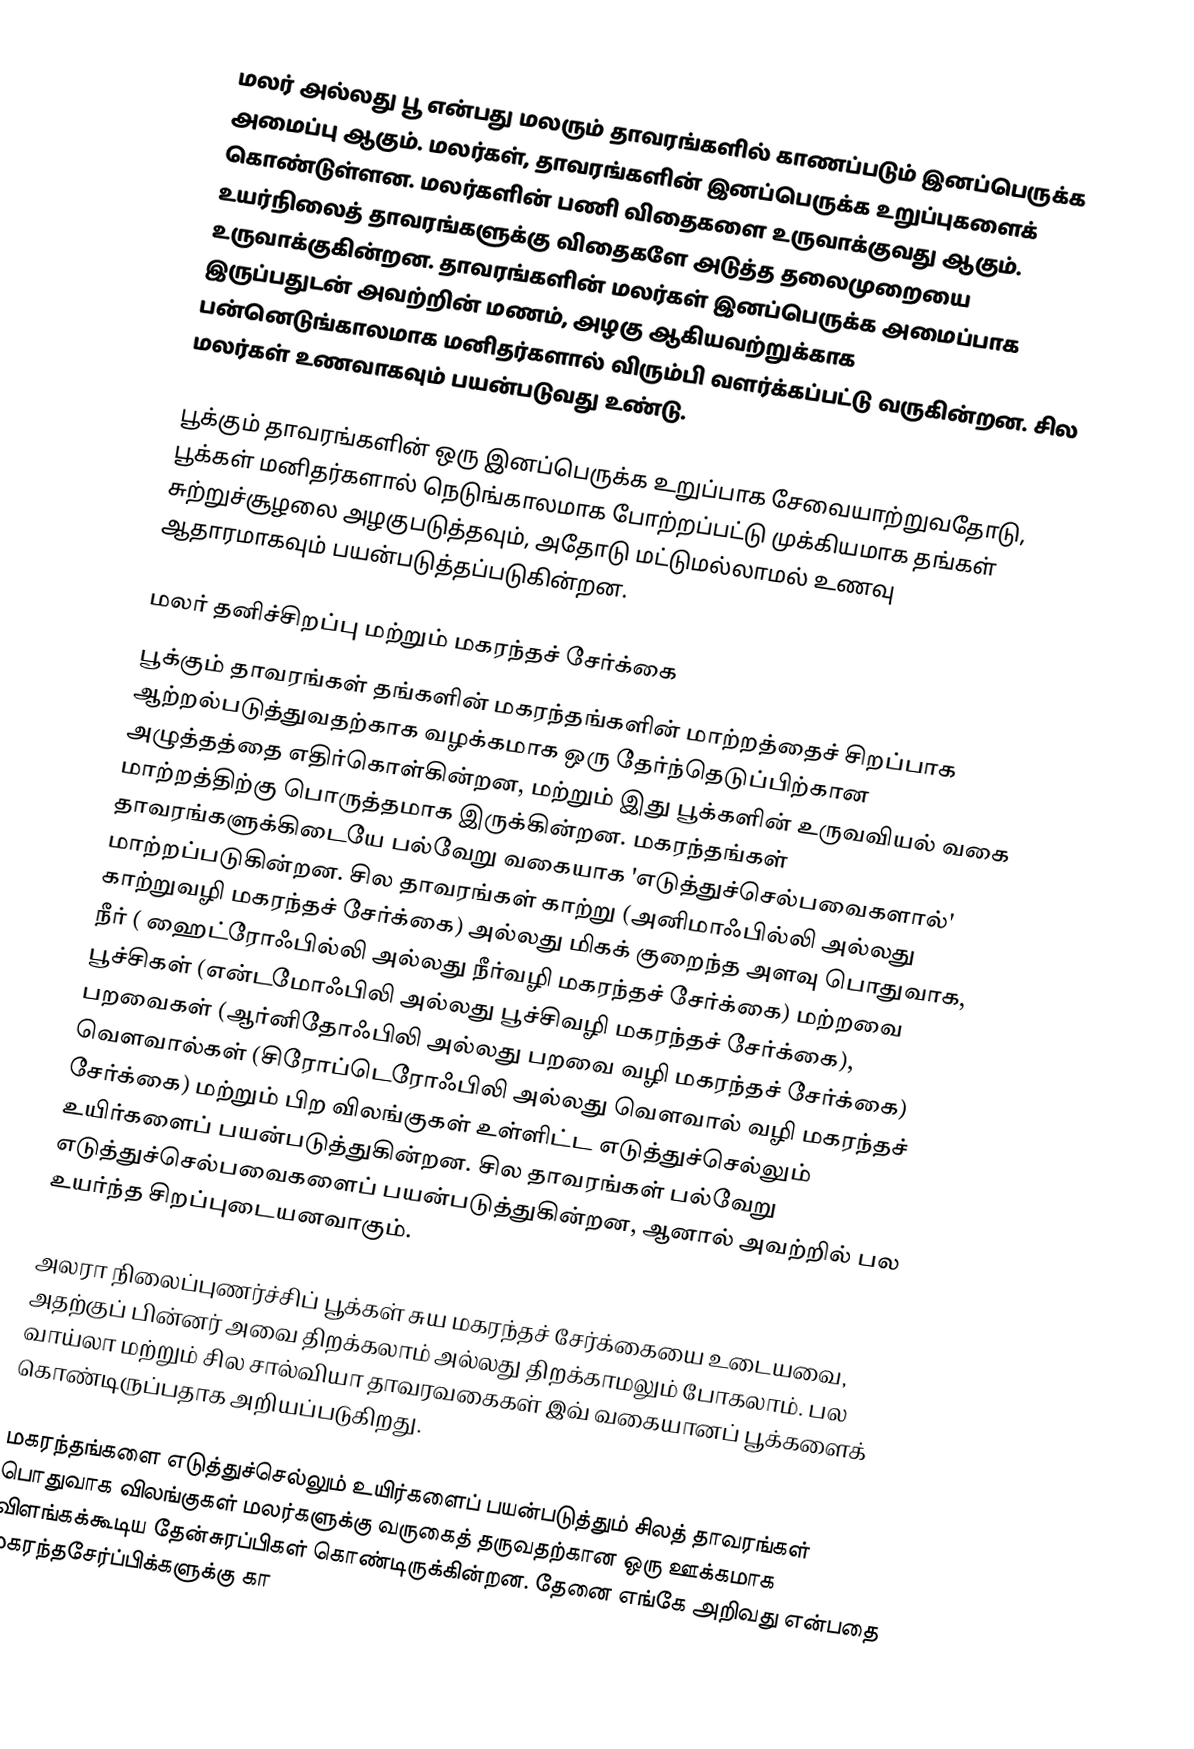
மலர் அல்லது பூ என்பது மலரும் தாவரங்களில் காணப்படும் இனப்பெருக்க அமைப்பு ஆகும். மலர்கள், தாவரங்களின் இனப்பெருக்க உறுப்புகளைக் கொண்டுள்ளன. மலர்களின் பணி விதைகளை உருவாக்குவது ஆகும். உயர்நிலைத் தாவரங்களுக்கு விதைகளே அடுத்த தலைமுறையை உருவாக்குகின்றன. தாவரங்களின் மலர்கள் இனப்பெருக்க அமைப்பாக இருப்பதுடன் அவற்றின் மணம், அழகு ஆகியவற்றுக்காக பன்னெடுங்காலமாக மனிதர்களால் விரும்பி வளர்க்கப்பட்டு வருகின்றன. சில மலர்கள் உணவாகவும் பயன்படுவது உண்டு.

பூக்கும் தாவரங்களின் ஒரு இனப்பெருக்க உறுப்பாக சேவையாற்றுவதோடு, பூக்கள் மனிதர்களால் நெடுங்காலமாக போற்றப்பட்டு முக்கியமாக தங்கள் சுற்றுச்சூழலை அழகுபடுத்தவும், அதோடு மட்டுமல்லாமல் உணவு ஆதாரமாகவும் பயன்படுத்தப்படுகின்றன.

மலர் தனிச்சிறப்பு மற்றும் மகரந்தச் சேர்க்கை
பூக்கும் தாவரங்கள் தங்களின் மகரந்தங்களின் மாற்றத்தைச் சிறப்பாக ஆற்றல்படுத்துவதற்காக வழக்கமாக ஒரு தேர்ந்தெடுப்பிற்கான அழுத்தத்தை எதிர்கொள்கின்றன, மற்றும் இது பூக்களின் உருவவியல் வகை மாற்றத்திற்கு பொருத்தமாக இருக்கின்றன. மகரந்தங்கள் தாவரங்களுக்கிடையே பல்வேறு வகையாக 'எடுத்துச்செல்பவைகளால்' மாற்றப்படுகின்றன. சில தாவரங்கள் காற்று (அனிமாஃபில்லி அல்லது காற்றுவழி மகரந்தச் சேர்க்கை) அல்லது மிகக் குறைந்த அளவு பொதுவாக, நீர் ( ஹைட்ரோஃபில்லி அல்லது நீர்வழி மகரந்தச் சேர்க்கை) மற்றவை பூச்சிகள் (என்டமோஃபிலி அல்லது பூச்சிவழி மகரந்தச் சேர்க்கை), பறவைகள் (ஆர்னிதோஃபிலி அல்லது பறவை வழி மகரந்தச்  சேர்க்கை) வெளவால்கள் (சிரோப்டெரோஃபிலி அல்லது வெளவால் வழி மகரந்தச் சேர்க்கை) மற்றும் பிற விலங்குகள் உள்ளிட்ட எடுத்துச்செல்லும் உயிர்களைப் பயன்படுத்துகின்றன. சில தாவரங்கள் பல்வேறு எடுத்துச்செல்பவைகளைப் பயன்படுத்துகின்றன, ஆனால் அவற்றில் பல உயர்ந்த சிறப்புடையனவாகும்.

அலரா நிலைப்புணர்ச்சிப் பூக்கள் சுய மகரந்தச் சேர்க்கையை உடையவை, அதற்குப் பின்னர் அவை திறக்கலாம் அல்லது திறக்காமலும் போகலாம். பல வாய்லா மற்றும் சில சால்வியா தாவரவகைகள் இவ் வகையானப் பூக்களைக் கொண்டிருப்பதாக அறியப்படுகிறது.

மகரந்தங்களை எடுத்துச்செல்லும் உயிர்களைப் பயன்படுத்தும் சிலத் தாவரங்கள் பொதுவாக விலங்குகள் மலர்களுக்கு வருகைத் தருவதற்கான ஒரு ஊக்கமாக விளங்கக்கூடிய தேன்சுரப்பிகள் கொண்டிருக்கின்றன. தேனை எங்கே அறிவது என்பதை மகரந்தசேர்ப்பிக்களுக்கு கா